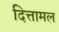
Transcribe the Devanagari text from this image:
दित्तामल